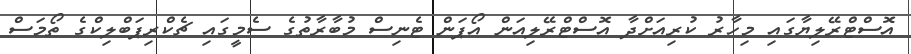
އޮސްޓްރޭލިޔާގައި މިހާރު ކުރިއަށްދާ އޮސްޓްރޭލިއަން އޯޕަން ޓެނިސް މުބާރާތުގެ ސެމީގައި ޗެކްރިޕަބްލިކްގެ ތޯމަސް